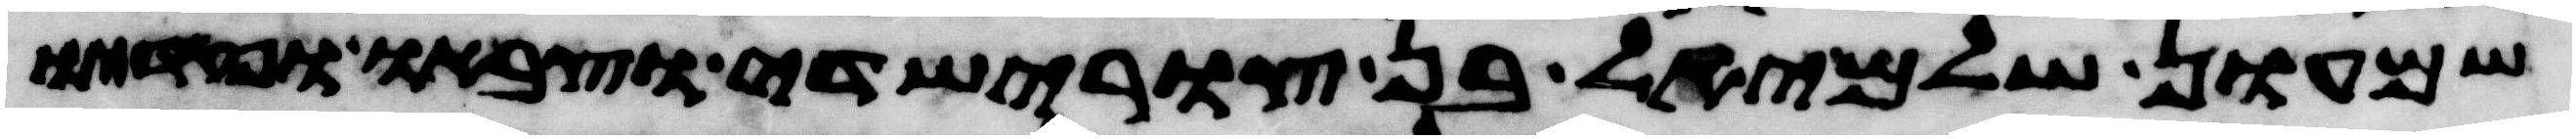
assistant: שמעון שלמיאל בן צורישדי וצבאו ופקדיו